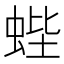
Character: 蜌